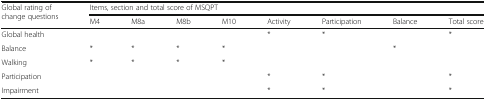
<table><thead><tr><td rowspan="2"><b>Global rating of change questions</b></td><td colspan="8"><b>Items, section and total score of MSQPT</b></td></tr><tr><td><b>M4</b></td><td><b>M8a</b></td><td><b>M8b</b></td><td><b>M10</b></td><td><b>Activity</b></td><td><b>Participation</b></td><td><b>Balance</b></td><td><b>Total score</b></td></tr></thead><tbody><tr><td>Global health</td><td></td><td></td><td></td><td></td><td>*</td><td>*</td><td></td><td>*</td></tr><tr><td>Balance</td><td>*</td><td>*</td><td>*</td><td>*</td><td></td><td></td><td>*</td><td></td></tr><tr><td>Walking</td><td>*</td><td>*</td><td>*</td><td>*</td><td></td><td></td><td></td><td></td></tr><tr><td>Participation</td><td></td><td></td><td></td><td></td><td>*</td><td>*</td><td></td><td>*</td></tr><tr><td>Impairment</td><td></td><td></td><td></td><td></td><td>*</td><td>*</td><td></td><td>*</td></tr></tbody></table>